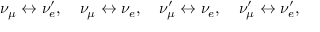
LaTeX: \nu _ { \mu } \leftrightarrow \nu _ { e } ^ { \prime } , \quad \nu _ { \mu } \leftrightarrow \nu _ { e } , \quad \nu _ { \mu } ^ { \prime } \leftrightarrow \nu _ { e } , \quad \nu _ { \mu } ^ { \prime } \leftrightarrow \nu _ { e } ^ { \prime } ,